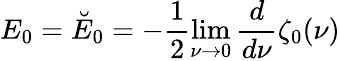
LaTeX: E_{0}=\breve{E}_{0}=-\frac 12\operatorname*{lim}_{\nu\rightarrow 0}{\frac{d}{d\nu}}\zeta_{0}(\nu)